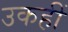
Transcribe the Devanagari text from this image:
उकहीं